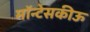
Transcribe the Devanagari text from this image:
मॉन्टेसकीऊ